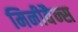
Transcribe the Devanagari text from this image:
मिनीवैन्स